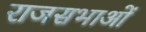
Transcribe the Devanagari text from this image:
राजसभाओं